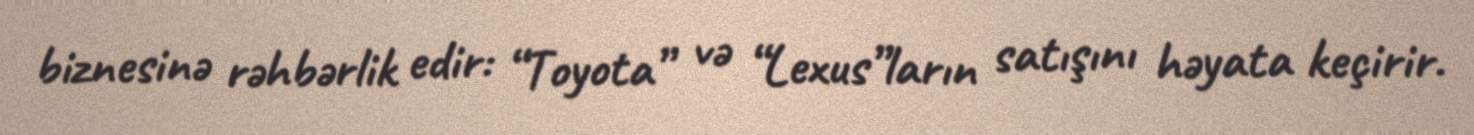
biznesinə rəhbərlik edir: “Toyota” və “Lexus”ların satışını həyata keçirir.